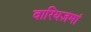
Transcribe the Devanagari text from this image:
वारियज्ञमां